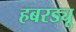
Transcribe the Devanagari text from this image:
हबरड्यू